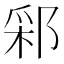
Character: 䣋